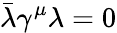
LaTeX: \bar{\lambda}\gamma^{\mu}\lambda=0